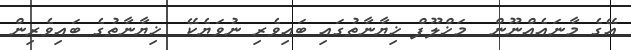
އޭގެ މާނައެއްނޫން  މަޚްލޫފް ޚިޔާނާތުގައި ބައިވެރި ނުވަޔެކޭ  ޚިޔާނާތުގެ ބައިވެރިން